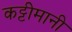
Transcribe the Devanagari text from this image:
कट्टीमानी